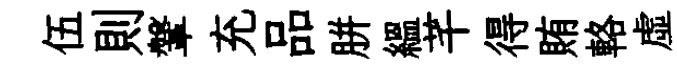
伍則鞶充品胼緼芊得賄輅虚